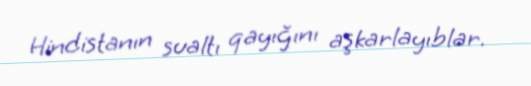
Hindistanın sualtı qayığını aşkarlayıblar.